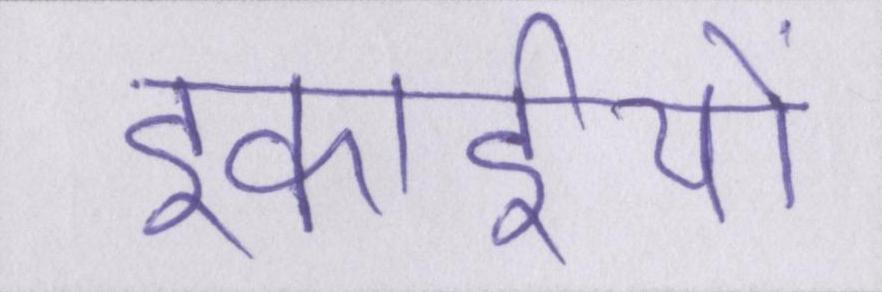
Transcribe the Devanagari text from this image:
इकाईयों